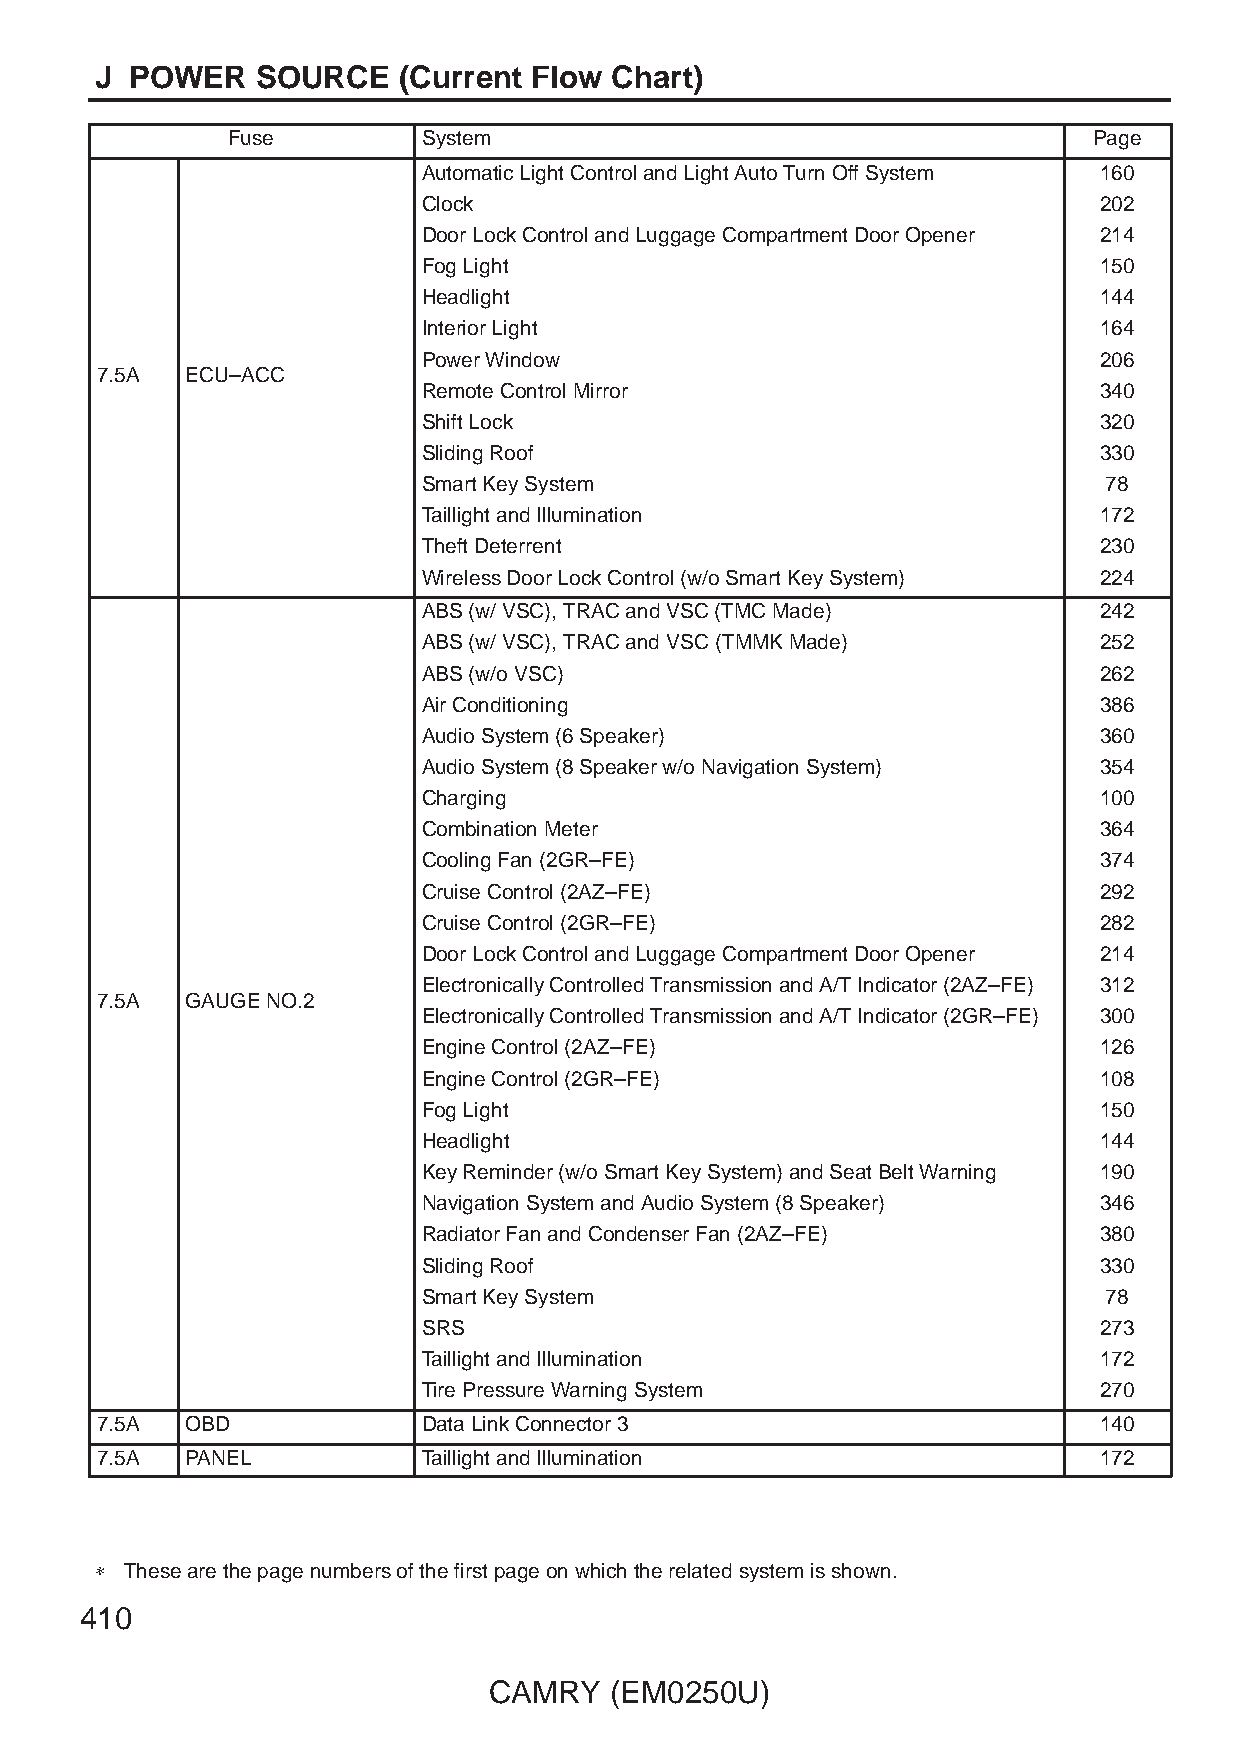
J  POWER   SOURCE   (Current Flow Chart)
 Fuse         System                                      Page
 Automatic Light Control and Light Auto Turn Off System 160
 Clock                                        202
 Door Lock Control and Luggage Compartment Door Opener 214
 Fog Light                                    150
 Headlight                                    144
 Interior Light                               164
 Power Window                                 206
 7.5A  ECU–ACC
 Remote Control Mirror                        340
 Shift Lock                                   320
 Sliding Roof                                 330
 Smart Key System                             78
 Taillight and Illumination                   172
 Theft Deterrent                              230
 Wireless Door Lock Control (w/o Smart Key System) 224
 ABS (w/ VSC), TRAC and VSC (TMC Made)        242
 ABS (w/ VSC), TRAC and VSC (TMMK Made)       252
 ABS (w/o VSC)                                262
 Air Conditioning                             386
 Audio System (6 Speaker)                     360
 Audio System (8 Speaker w/o Navigation System) 354
 Charging                                     100
 Combination Meter                            364
 Cooling Fan (2GR–FE)                         374
 Cruise Control (2AZ–FE)                      292
 Cruise Control (2GR–FE)                      282
 Door Lock Control and Luggage Compartment Door Opener 214
 Electronically Controlled Transmission and A/T Indicator (2AZ–FE) 312
 7.5A  GAUGE NO.2
 Electronically Controlled Transmission and A/T Indicator (2GR–FE) 300
 Engine Control (2AZ–FE)                      126
 Engine Control (2GR–FE)                      108
 Fog Light                                    150
 Headlight                                    144
 Key Reminder (w/o Smart Key System) and Seat Belt Warning 190
 Navigation System and Audio System (8 Speaker) 346
 Radiator Fan and Condenser Fan (2AZ–FE)      380
 Sliding Roof                                 330
 Smart Key System                             78
 SRS                                          273
 Taillight and Illumination                   172
 Tire Pressure Warning System                 270
 7.5A  OBD             Data Link Connector 3                        140
 7.5A  PANEL           Taillight and Illumination                   172
 ∗ These are the page numbers of the first page on which the related system is shown.
 410
 CAMRY   (EM0250U)